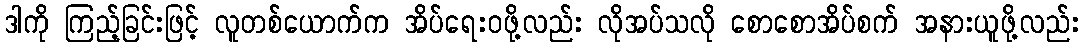
ဒါကို ကြည့်ခြင်းဖြင့် လူတစ်ယောက်က အိပ်ရေးဝဖို့လည်း လိုအပ်သလို စောစောအိပ်စက် အနားယူဖို့လည်း